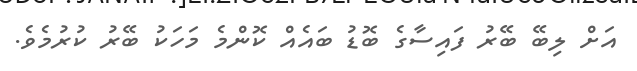
އަށް ލިބޭ ބޭރު ފައިސާގެ ބޮޑު ބައެއް ކޮންމެ މަހަކު ބޭރު ކުރުމެވެ.